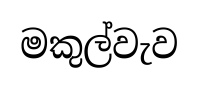
මකුල්වැව